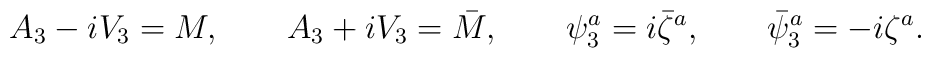
A_3 - i V_3 = M,\qquadA_3 + i V_3 = \bar{M},\qquad\psi_3^a = i \bar{\zeta}^a,\qquad\bar{\psi}_3^a = - i \zeta^a.